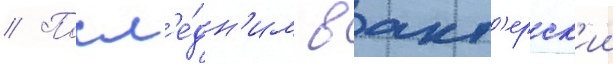
// Посл'е́дн'им в акт'ерск'ии